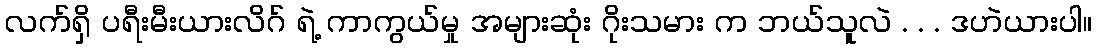
လက်ရှိ ပရီးမီးယားလိဂ် ရဲ့ ကာကွယ်မှု အများဆုံး ဂိုးသမား က ဘယ်သူလဲ . . . ဒဟဲယားပါ။